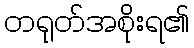
တရုတ်အစိုးရ၏